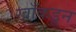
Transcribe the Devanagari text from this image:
खाँकडून